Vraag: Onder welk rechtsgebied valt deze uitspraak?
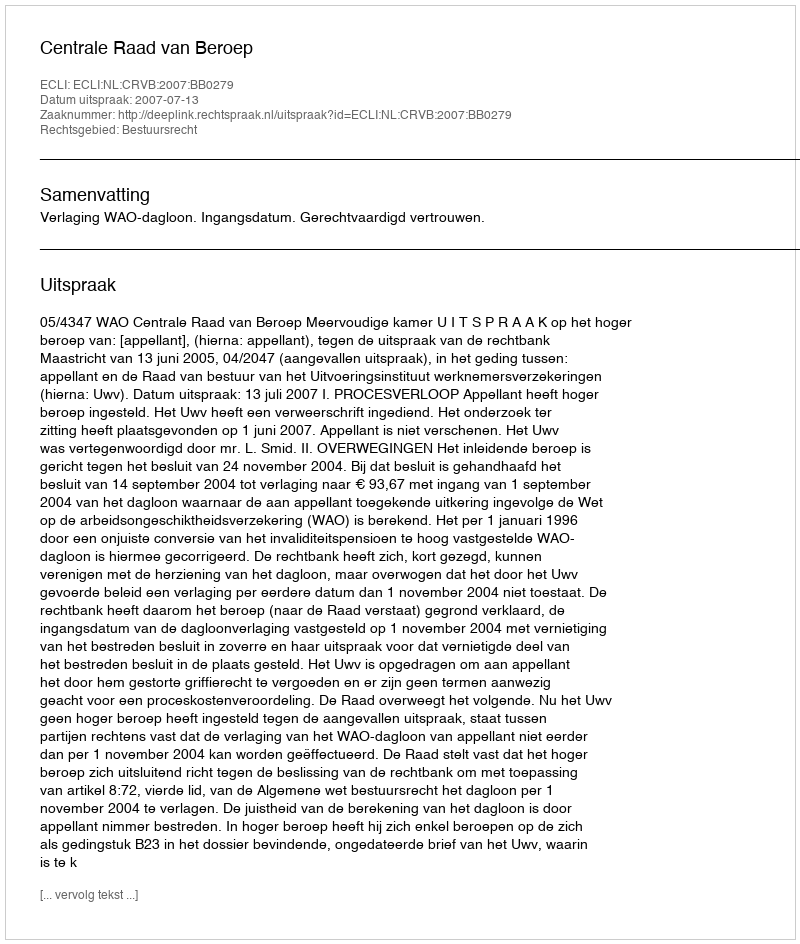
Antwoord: Bestuursrecht